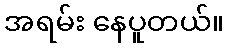
အရမ်း နေပူတယ်။